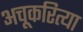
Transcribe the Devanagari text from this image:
अचूकरित्या